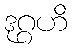
ဒုဂ္ဂဟိ